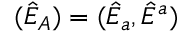
( \hat { E } _ { A } ) = ( \hat { E } _ { a } , \hat { E } ^ { a } )